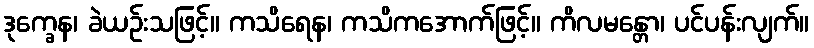
ဒုက္ခေန၊ ခဲယဉ်းသဖြင့်။ ကသိရေန၊ ကသိကအောက်ဖြင့်။ ကိလမန္တော၊ ပင်ပန်းလျက်။